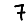
Digit: 7